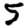
Digit: 5